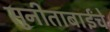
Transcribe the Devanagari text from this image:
सुनीताबाईंचे